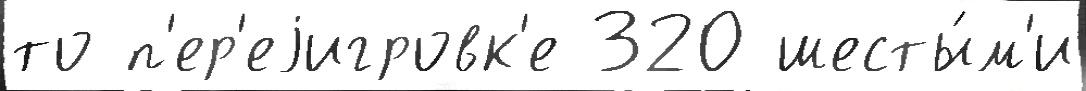
то п'ер'еjигровк'е 320 шесты́м'и